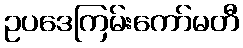
ဥပဒေကြမ်းကော်မတီ